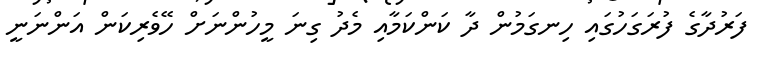
ފަރުދާގެ ފުރަގަހުގައި ހިނގަމުން ދާ ކަންކަމާއި މެދު ގިނަ މީހުންނަށް ހޭވެރިކަން އަންނަނީ